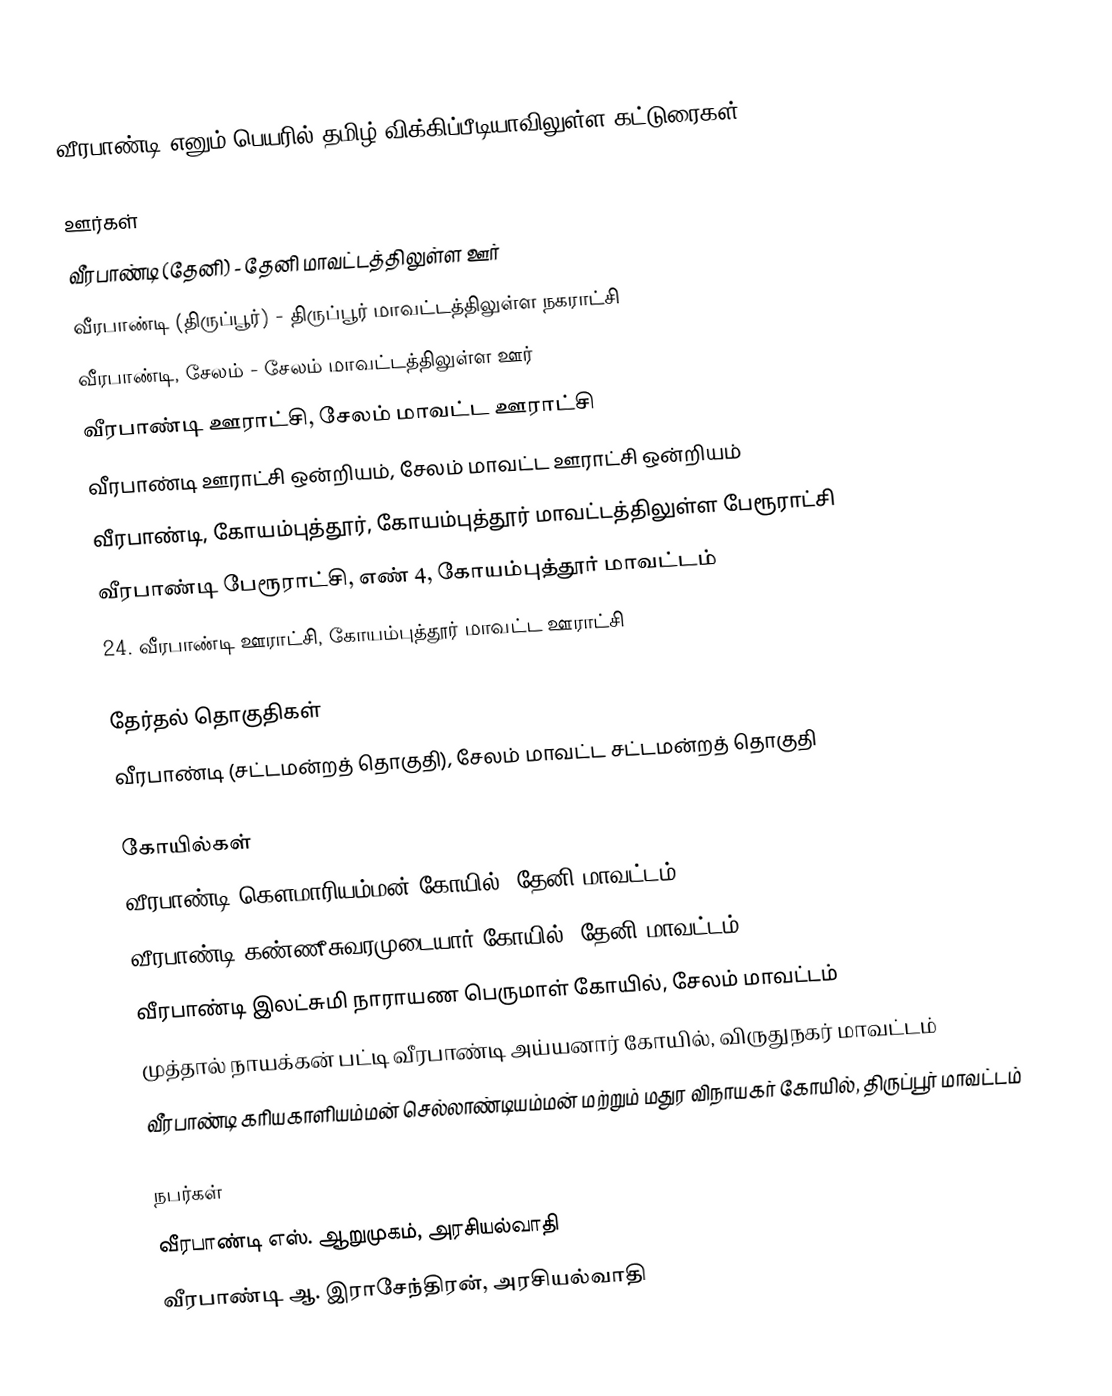
வீரபாண்டி எனும் பெயரில் தமிழ் விக்கிப்பீடியாவிலுள்ள கட்டுரைகள்:

ஊர்கள்
 வீரபாண்டி (தேனி) - தேனி மாவட்டத்திலுள்ள ஊர்
 வீரபாண்டி (திருப்பூர்) - திருப்பூர் மாவட்டத்திலுள்ள நகராட்சி
 வீரபாண்டி, சேலம் - சேலம் மாவட்டத்திலுள்ள ஊர்
 வீரபாண்டி ஊராட்சி, சேலம் மாவட்ட ஊராட்சி
 வீரபாண்டி ஊராட்சி ஒன்றியம், சேலம் மாவட்ட ஊராட்சி ஒன்றியம்
 வீரபாண்டி, கோயம்புத்தூர், கோயம்புத்தூர் மாவட்டத்திலுள்ள பேரூராட்சி
 வீரபாண்டி பேரூராட்சி, எண் 4, கோயம்புத்தூர் மாவட்டம்
 24. வீரபாண்டி ஊராட்சி, கோயம்புத்தூர் மாவட்ட ஊராட்சி

தேர்தல் தொகுதிகள்
 வீரபாண்டி (சட்டமன்றத் தொகுதி), சேலம் மாவட்ட சட்டமன்றத் தொகுதி

கோயில்கள்
 வீரபாண்டி கௌமாரியம்மன் கோயில், தேனி மாவட்டம்
 வீரபாண்டி கண்ணீசுவரமுடையார் கோயில், தேனி மாவட்டம்
 வீரபாண்டி இலட்சுமி நாராயண பெருமாள் கோயில், சேலம் மாவட்டம்
 முத்தால் நாயக்கன் பட்டி வீரபாண்டி அய்யனார் கோயில், விருதுநகர் மாவட்டம்
 வீரபாண்டி கரியகாளியம்மன் செல்லாண்டியம்மன் மற்றும் மதுர விநாயகர் கோயில், திருப்பூர் மாவட்டம்

நபர்கள்
 வீரபாண்டி எஸ். ஆறுமுகம், அரசியல்வாதி
 வீரபாண்டி ஆ. இராசேந்திரன், அரசியல்வாதி